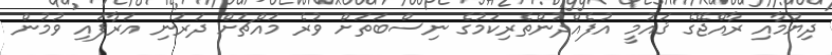
ދިޔުމާއި ރާއްޖޭގެ ޤައުމީ އުފެއްދުންތެރިކަމުގެ ނިސްބަތަށް ވުރެ މައްޗަށް ދަރަނި އަރާފައި ވުމުން